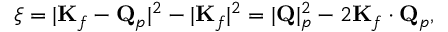
\xi = | \mathbf { K } _ { f } - \mathbf { Q } _ { p } | ^ { 2 } - | \mathbf { K } _ { f } | ^ { 2 } = | \mathbf { Q } | _ { p } ^ { 2 } - 2 \mathbf { K } _ { f } \cdot \mathbf { Q } _ { p } ,